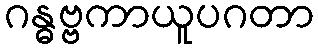
ဂန္ဓဗ္ဗကာယူပဂတာ